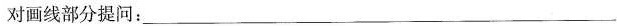
对画线部分提问: ___